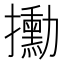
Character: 𫾙